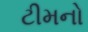
ટીમનો